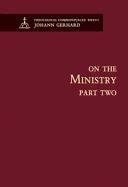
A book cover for On the Ministry II - Theological Commonplaces; Johann Gerhard; Christian Books & Bibles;